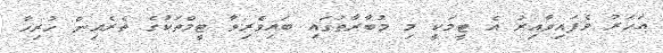
އަހަރު ވެފައިވާއިރު އެ ޓީމަކީ މި މުބާރާތުގައި ބައިވެރިވާ ޓީމްތަކުގެ ތެރެއިން ހުރިހާ